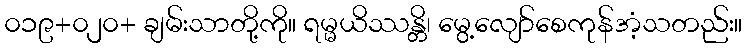
၀၁၉+၀၂၀+ ချမ်းသာတို့ကို။ ရမ္မယိဿန္တိ၊ မွေ့လျော်စေကုန်အံ့သတည်း။